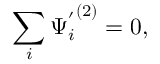
\sum _ { i } { \Psi _ { i } ^ { ' } } ^ { ( 2 ) } = 0 ,